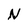
Character: N